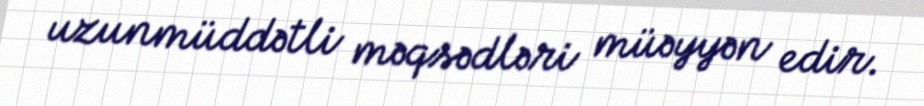
uzunmüddətli məqsədləri müəyyən edir.